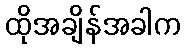
ထိုအချိန်အခါက